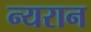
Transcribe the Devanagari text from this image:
न्यरान